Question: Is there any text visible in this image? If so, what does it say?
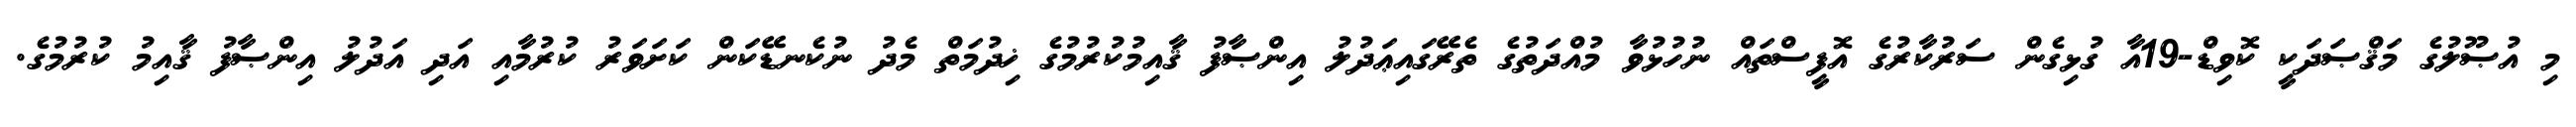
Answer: މި އުޞޫލުގެ މަޤްޞަދަކީ ކޮވިޑް-19އާ ގުޅިގެން ސަރުކާރުގެ އޮފީސްތައް ނުހުޅުވާ މުއްދަތުގެ ތެރޭގައިޢަދުލު އިންޞާފު ޤާއިމުކުރުމުގެ ޚިދުމަތް މެދު ނުކެނޑޭކަން ކަށަވަރު ކުރުމާއި އަދި އަދުލު އިންޞާފު ޤާއިމު ކުރުމުގެ.